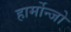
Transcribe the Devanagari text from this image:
हार्मोन्जो